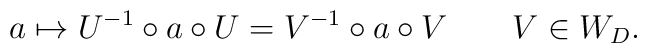
a\mapsto U^{-1}\circ a\circ U=V^{-1}\circ a\circ V  \qquad V\in W_D.